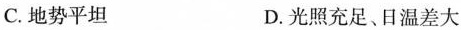
C.地势平坦 D.光照充足、日温差大